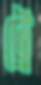
ট্রে